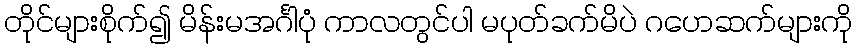
တိုင်များစိုက်၍ မိန်းမအင်္ဂါပုံ ကာလတွင်ပါ မပုတ်ခက်မိပဲ ဂဟေဆက်များကို